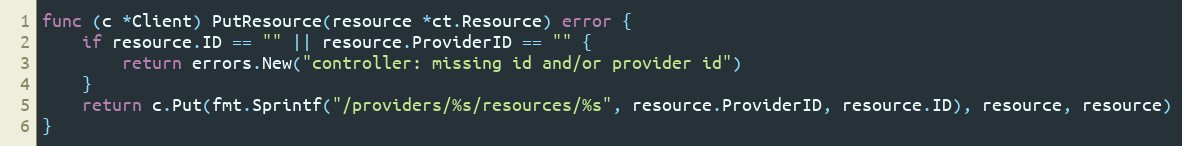
Language: Go
func (c *Client) PutResource(resource *ct.Resource) error {
	if resource.ID == "" || resource.ProviderID == "" {
		return errors.New("controller: missing id and/or provider id")
	}
	return c.Put(fmt.Sprintf("/providers/%s/resources/%s", resource.ProviderID, resource.ID), resource, resource)
}